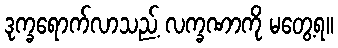
ဒုက္ခရောက်လာသည့် လက္ခဏာကို မတွေ့ရ။